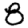
Digit: 8